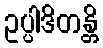
ဥပ္ပါဒိတန္တိ